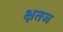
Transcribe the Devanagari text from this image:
क्षतज